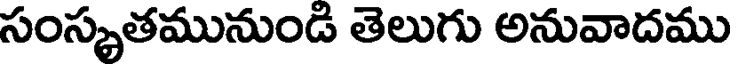
సంస్కృతమునుండి తెలుగు అనువాదము